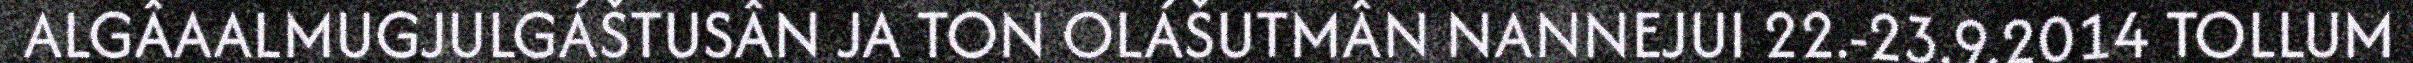
ALGÂAALMUGJULGÁŠTUSÂN JA TON OLÁŠUTMÂN NANNEJUI 22.-23.9.2014 TOLLUM